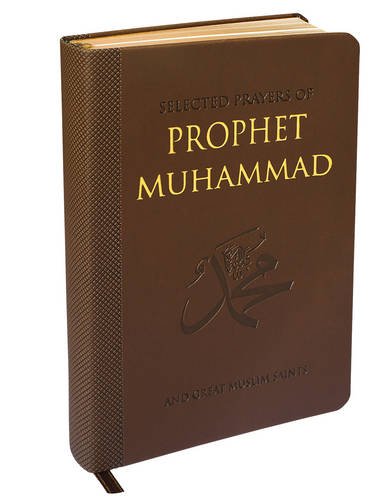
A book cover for Selected Prayers of Prophet Muhammad; M. Fethullah GÃ¼len; Religion & Spirituality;